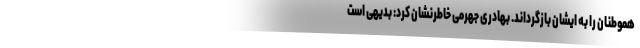
هموطنان را به ایشان بازگرداند. بهادری جهرمی خاطرنشان کرد: بدیهی است